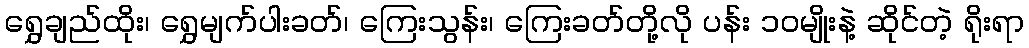
ရွှေချည်ထိုး၊ ရွှေမျက်ပါးခတ်၊ ကြေးသွန်း၊ ကြေးခတ်တို့လို ပန်း ၁၀မျိုးနဲ့ ဆိုင်တဲ့ ရိုးရာ